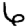
Digit: 6